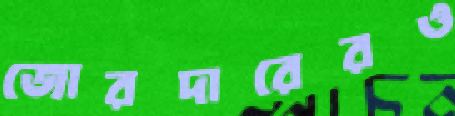
জোরদারেরও